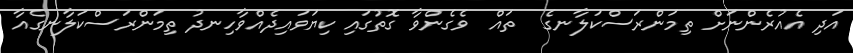
އަދި އެއުރެންނަށް ތިމަންރަސްކަލާނގެ  ތައް  ވެގެންވާ ގޮތުގައި ކިޔަވައިދެއްވާހިނދު ތިމަންރަސްކަލާނގެއާ